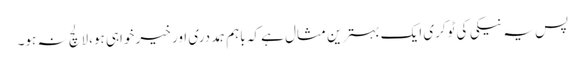
پس یہ نیکی کی ٹوکری ایک بہترین مثال ہے کہ باہم ہمددری اور خیر خواہی ہو،لالچ نہ ہو۔